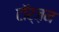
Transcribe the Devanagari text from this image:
टॉर्ज़न